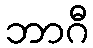
ဘာဂီ